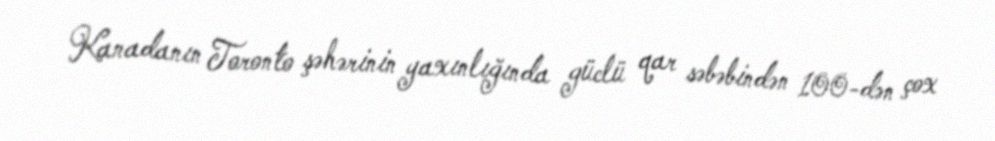
Kanadanın Toronto şəhərinin yaxınlığında güclü qar səbəbindən 100-dən çox